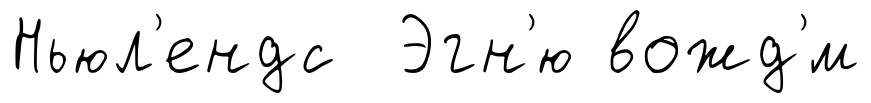
Ньюл'ендс Эгн'ю вожд'́м